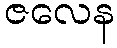
ဇလေန